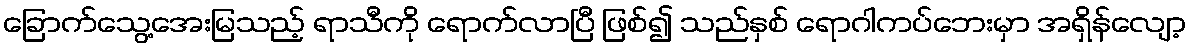
ခြောက်သွေ့အေးမြသည့် ရာသီကို ရောက်လာပြီ ဖြစ်၍ သည်နှစ် ရောဂါကပ်ဘေးမှာ အရှိန်လျော့